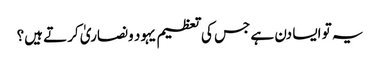
یہ تو ایسا دن ہے جس کی تعظیم یہود ونصاریٰ کرتے ہیں؟